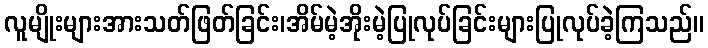
လူမျိုးများအားသတ်ဖြတ်ခြင်း၊အိမ်မဲ့အိုးမဲ့ပြုလုပ်ခြင်းများပြုလုပ်ခဲ့ကြသည်။